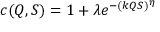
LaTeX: c ( Q , S ) = 1 + \lambda e ^ { - ( k Q S ) ^ { \eta } }